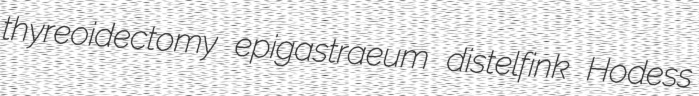
thyreoidectomy epigastraeum distelfink Hodess